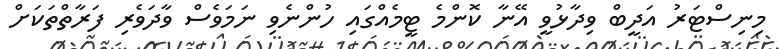
މިނިސްޓަރު އަދީބް ވިދާޅުވީ އޭނާ ކޮންމެ ޓީމެއްގައި ހުންނެވި ނަމަވެސް ވާދަވެރި ފަރާތްތަކަށް